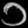
Digit: ၁